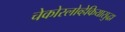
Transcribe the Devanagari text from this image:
चेकोस्लोव्हेकियासुद्धा